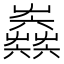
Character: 𡴫